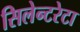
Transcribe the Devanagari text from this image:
सिलेन्टरेटा